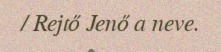
/ Rejtő Jenő a neve.